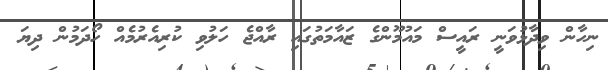
ނިހާން ވިދާޅުވަނީ ރައީސް މައުމޫންގެ ޒައާމަތުގައި ރާއްޖެ ހަލުވި ކުރިއެރުމެއް ހޯދަމުން ދިޔަ